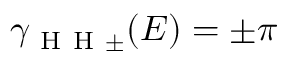
\gamma _ { \mathrm { ~ H ~ H ~ } \pm } ( E ) = \pm \pi